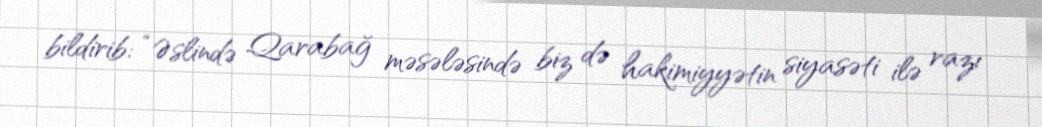
bildirib: “Əslində Qarabağ məsələsində biz də hakimiyyətin siyasəti ilə razı